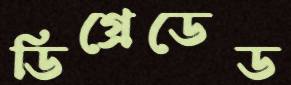
ডিগ্রেডেড